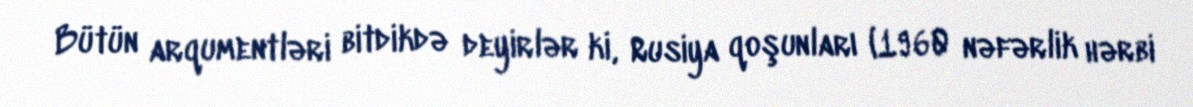
Bütün arqumentləri bitdikdə deyirlər ki, Rusiya qoşunları (1960 nəfərlik hərbi